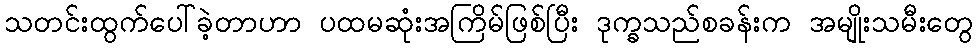
သတင်းထွက်ပေါ်ခဲ့တာဟာ ပထမဆုံးအကြိမ်ဖြစ်ပြီး ဒုက္ခသည်စခန်းက အမျိုးသမီးတွေ